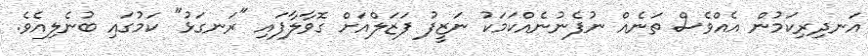
އަނދިރިކަމުން އެއްވެސް ތަނެއް ނުފެނުނެއްކަމަކު ނަޒީފު ފަޒަލްއަށް ގޮވާލާފައި "ރަނގަޅު" ކަމުގައި ބުނެލިއެވެ.